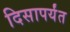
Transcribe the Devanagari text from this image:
दिसापर्यंत